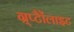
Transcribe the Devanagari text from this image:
ग्र्प्टैैोंलाइट